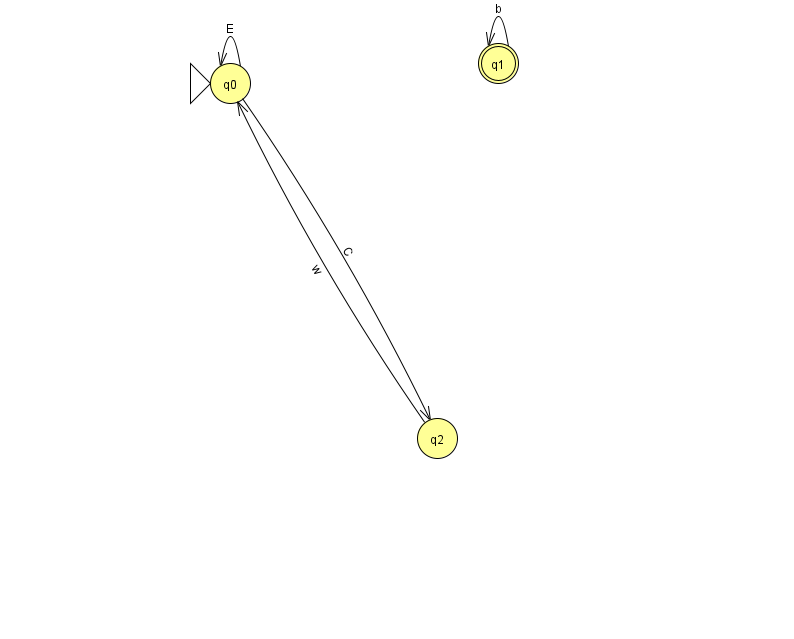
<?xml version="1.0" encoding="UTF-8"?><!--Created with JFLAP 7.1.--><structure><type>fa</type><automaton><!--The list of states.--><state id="0" name="q0"><x>230.0</x><y>70.0</y><initial/></state><state id="1" name="q1"><x>498.0</x><y>50.0</y><final/></state><state id="2" name="q2"><x>437.0</x><y>425.0</y></state><!--The list of transitions.--><transition><from>1</from><to>1</to><read>b</read></transition><transition><from>0</from><to>0</to><read>E</read></transition><transition><from>0</from><to>2</to><read>C</read></transition><transition><from>2</from><to>0</to><read>w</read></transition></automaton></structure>